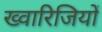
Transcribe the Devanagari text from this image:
ख्वारिजियों